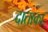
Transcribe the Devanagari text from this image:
दाताका